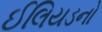
ઈલિયડનો